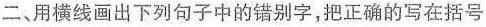
二、用横线画出下列句子中的错别字，把正确的写在括号